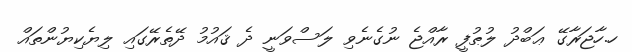
ހ.ހާޖަރާގޭ ޢަބްދު ލުޠުފީ ރާއްޖެ ނުގެނެވި ލަސްވަނީ ދެ ޤައުމު ދޭތެރޭގައި ލިޔެކިޔުންތައް